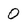
Character: O